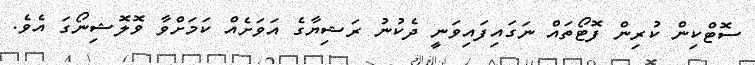
ސޮޓްކިން ކުރިން ފޮޓޯތައް ނަގައިފައިވަނީ ދެކުނު ރަޝިޔާގެ އަވަށެއް ކަމަށްވާ ވޮލޮޝިނޯގަ އެވެ.